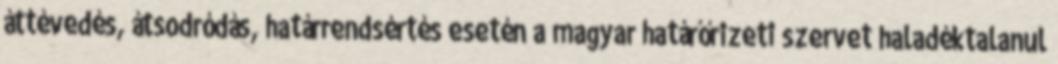
áttévedés, átsodródás, határrendsértés esetén a magyar határőrizeti szervet haladéktalanul